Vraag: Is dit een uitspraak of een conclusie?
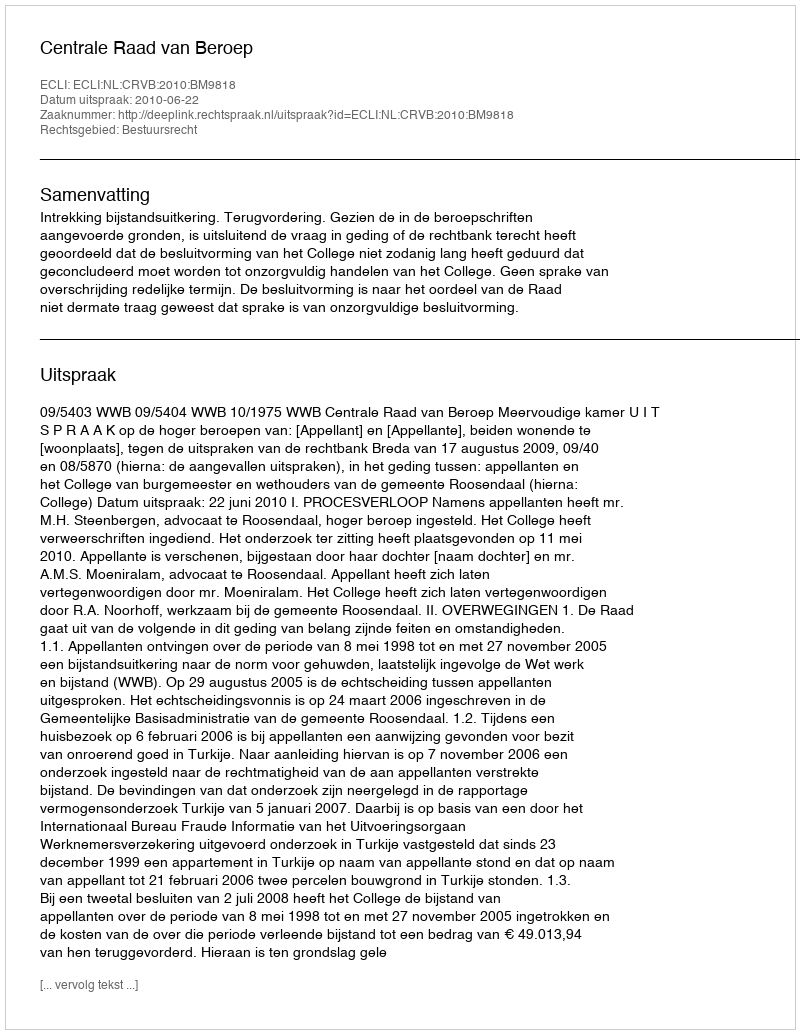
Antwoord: Uitspraak